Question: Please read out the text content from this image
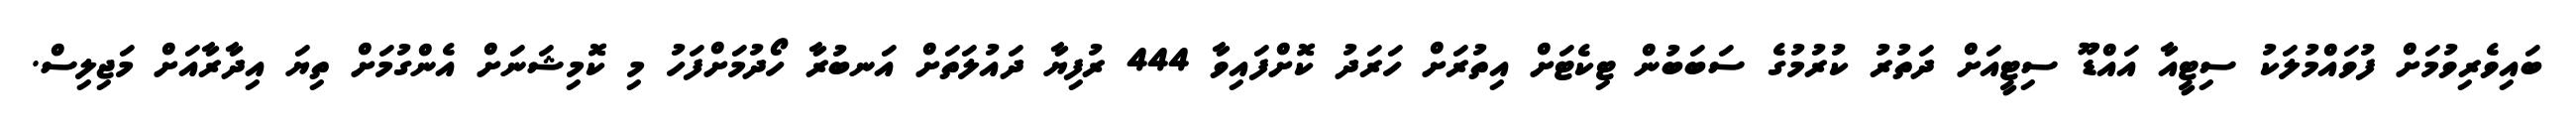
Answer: ބައިވެރިވުމަށް ފުވައްމުލަކު ސިޓީއާ އައްޑޫ ސިޓީއަށް ދަތުރު ކުރުމުގެ ސަބަބުން ޓިކެޓަށް އިތުރަށް ހަރަދު ކޮށްފައިވާ 444 ރުފިޔާ ދައުލަތަށް އަނބުރާ ހޯދުމަށްފަހު މި ކޮމިޝަނަށް އެންގުމަށް ތިޔަ އިދާރާއަށް މަޖިލިސް.